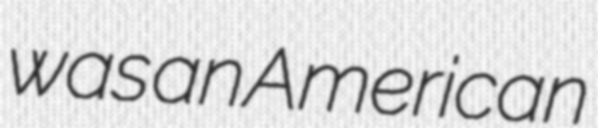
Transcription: was an American